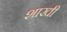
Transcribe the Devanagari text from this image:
शाखी